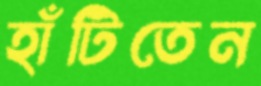
হাঁটিতেন